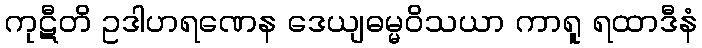
ကုဋီတိ ဥဒါဟရဏေန ဒေယျဓမ္မဝိသယာ ကာရူ ရထာဒီနံ